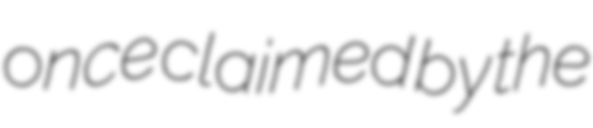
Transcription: once claimed by the